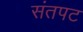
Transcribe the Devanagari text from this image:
संतपट